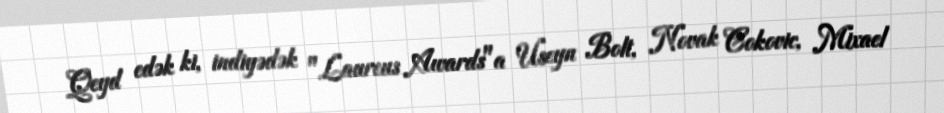
Qeyd edək ki, indiyədək "Laureus Awards"a Useyn Bolt, Novak Cokovic, Mixael